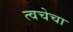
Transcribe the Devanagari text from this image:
त्‍वचेचा